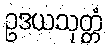
ဥဒယသုတ္တံ